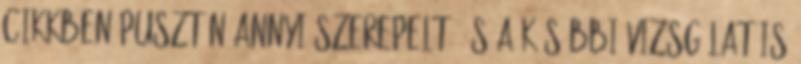
cikkben pusztán annyi szerepelt, és a későbbi vizsgálat is